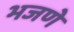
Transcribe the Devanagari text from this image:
भजणे